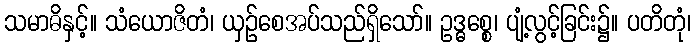
သမာဓိနှင့်။ သံယောဇိတံ၊ ယှဉ်စေအပ်သည်ရှိသော်။ ဥဒ္ဓစ္စေ၊ ပျံ့လွင့်ခြင်း၌။ ပတိတုံ၊